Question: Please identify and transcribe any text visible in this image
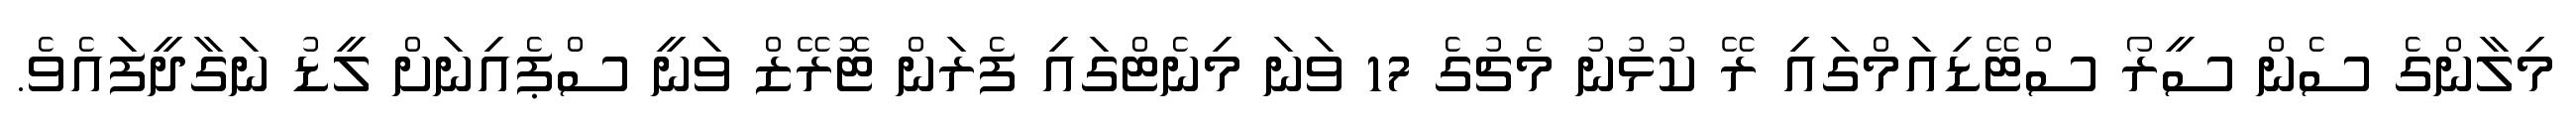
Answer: މިލާންގެ ސެން ސީރޯ ސްޓޭޑިއަމްގައި ރޭ ކުޅުނު މެޗުގެ 17 ވަނަ މިނެޓްގައި ފެރަން ޓޮރޭޒް ވަނީ ސްޕެއިނަށް ލީޑު ނަގާދީފައެވެ.